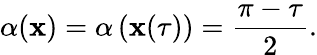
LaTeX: \alpha(\mathbf{x})=\alpha\left({\mathbf{x}(\tau)}\right)=\frac{{\pi-\tau}}{{2}}.